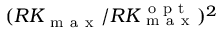
( R K _ { \mathrm { ~ m ~ a ~ x ~ } } / R K _ { \mathrm { ~ m ~ a ~ x ~ } } ^ { \mathrm { ~ o ~ p ~ t ~ } } ) ^ { 2 }